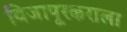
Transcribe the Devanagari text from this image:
विजापूरकराला